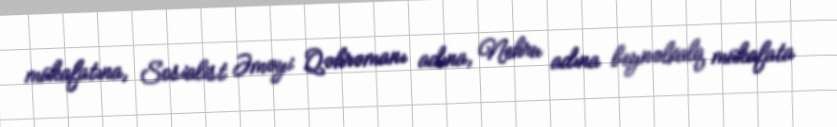
mükafatına, Sosialist Əməyi Qəhrəmanı adına, Nehru adına beynəlxalq mükafata